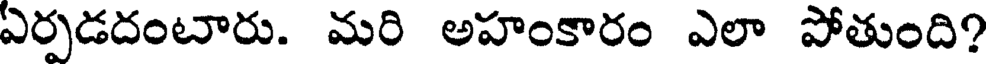
ఏర్పడదంటారు. మరి అహంకారం ఎలా పోతుంది?